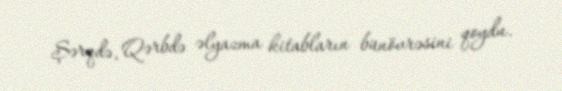
Şərqdə, Qərbdə əlyazma kitabların bünövrəsini qoydu.